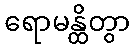
ရောမန္ထိတွာ